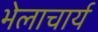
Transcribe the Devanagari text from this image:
भेलाचार्य